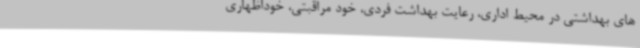
های بهداشتی در محیط اداری، رعایت بهداشت فردی، خود مراقبتی، خوداظهاری